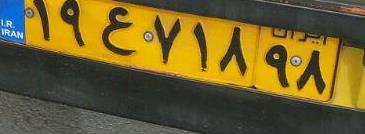
۱۹ع۷۱۸۹۸